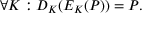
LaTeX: \forall K : D _ { K } ( E _ { K } ( P ) ) = P .